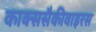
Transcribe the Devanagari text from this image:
काक्ससैकीवाइरस